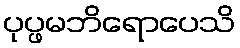
ပုပ္ဖမဘိရောပေသိ